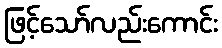
ဖြင့်သော်လည်းကောင်း